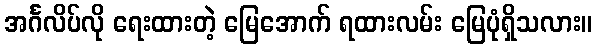
အင်္ဂလိပ်လို ရေးထားတဲ့ မြေအောက် ရထားလမ်း မြေပုံရှိသလား။